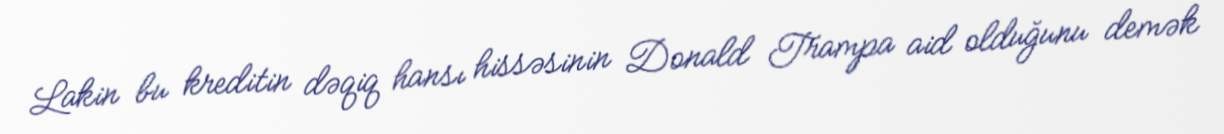
Lakin bu kreditin dəqiq hansı hissəsinin Donald Trampa aid olduğunu demək